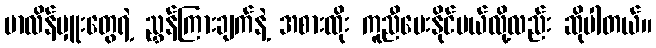
မာလိန်မှူးတွေရဲ့ ညွှန်ကြားချက်နဲ့ အစားထိုး ကူညီပေးနိုင်မယ်လို့လည်း ဆိုပါတယ်။